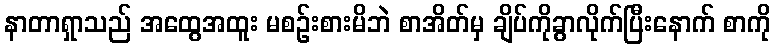
နာတာရှာသည် အထွေအထူး မစဉ်းစားမိဘဲ စာအိတ်မှ ချိပ်ကိုခွာလိုက်ပြီးနောက် စာကို